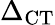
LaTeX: \Delta_{\textrm{CT}}